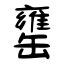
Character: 罋